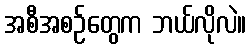
အစီအစဉ်တွေက ဘယ်လိုလဲ။